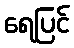
ရေပြင်